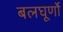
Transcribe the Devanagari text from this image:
बलघूर्णो